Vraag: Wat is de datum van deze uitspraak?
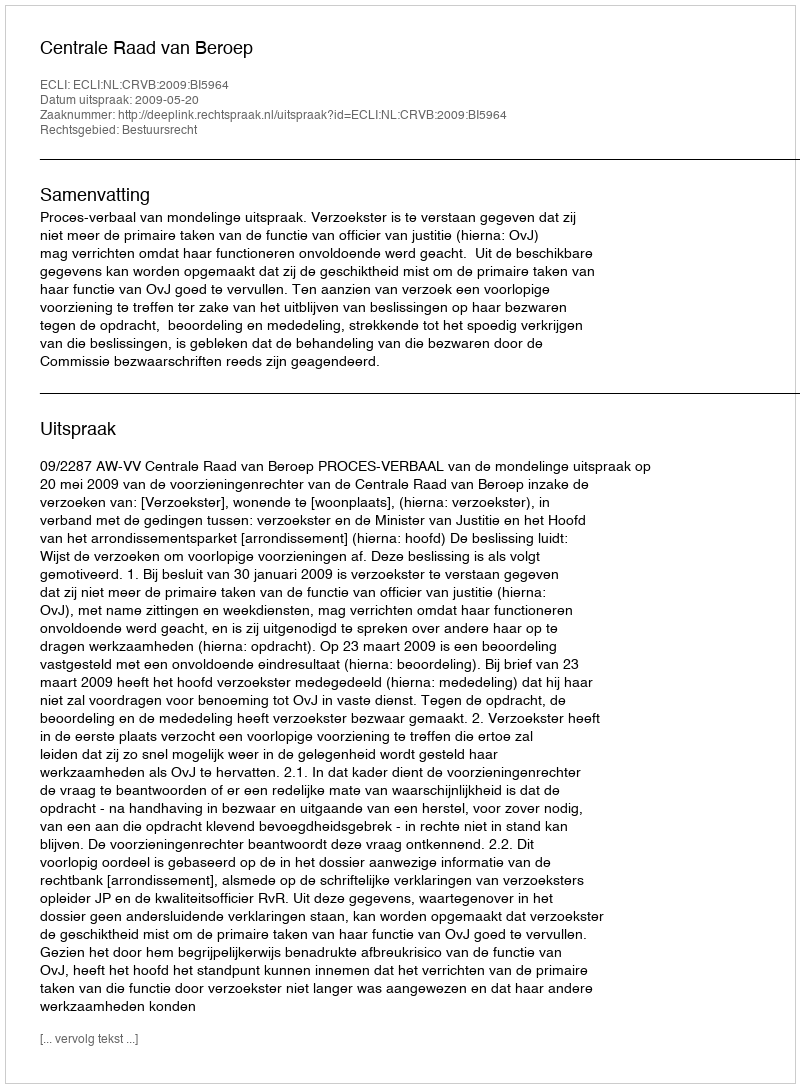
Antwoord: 2009-05-20